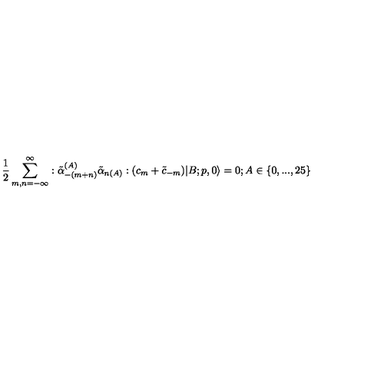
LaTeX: \frac { 1 } { 2 } \sum _ { m , n = - \infty } ^ { \infty } : \tilde { \alpha } _ { - ( m + n ) } ^ { ( A ) } \tilde { \alpha } _ { n ( A ) } : ( c _ { m } + \tilde { c } _ { - m } ) | B ; p , 0 \rangle = 0 ; A \in \{ 0 , . . . , 2 5 \}